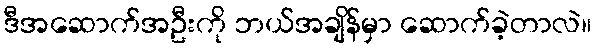
ဒီအဆောက်အဦးကို ဘယ်အချိန်မှာ ဆောက်ခဲ့တာလဲ။